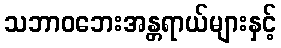
သဘာဝဘေးအန္တရာယ်များနှင့်